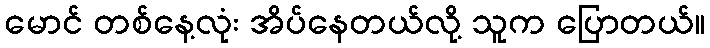
မောင် တစ်နေ့လုံး အိပ်နေတယ်လို့ သူက ပြောတယ်။